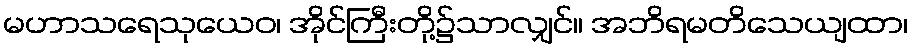
မဟာသရေသုယေဝ၊ အိုင်ကြီးတို့၌သာလျှင်။ အဘိရမတိသေယျထာ၊